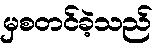
မှစတင်ခဲ့သည်